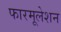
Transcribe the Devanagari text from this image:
फारमूलेशन